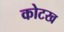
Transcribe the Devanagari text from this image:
कोटख